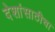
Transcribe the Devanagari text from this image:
देशांसाठीचा